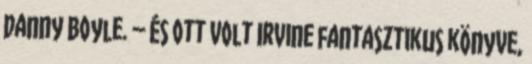
Danny Boyle. – És ott volt Irvine fantasztikus könyve,